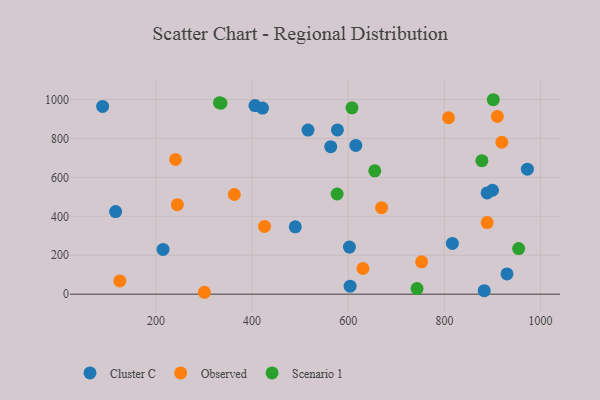
{"axis": {"x": "Study Hours", "y": "Fuel Efficiency"}, "legend": ["Cluster C", "Observed", "Scenario 1"], "data": [{"x": "116.2", "y": 424.2, "type": "Cluster C"}, {"x": "930.2", "y": 103.8, "type": "Cluster C"}, {"x": "816.6", "y": 260.8, "type": "Cluster C"}, {"x": "900.0", "y": 533.7, "type": "Cluster C"}, {"x": "516.4", "y": 842.8, "type": "Cluster C"}, {"x": "406.1", "y": 968.4, "type": "Cluster C"}, {"x": "603.9", "y": 41.1, "type": "Cluster C"}, {"x": "972.6", "y": 641.9, "type": "Cluster C"}, {"x": "615.8", "y": 764.1, "type": "Cluster C"}, {"x": "489.9", "y": 345.8, "type": "Cluster C"}, {"x": "602.5", "y": 241.9, "type": "Cluster C"}, {"x": "577.6", "y": 843.7, "type": "Cluster C"}, {"x": "563.6", "y": 757.7, "type": "Cluster C"}, {"x": "888.9", "y": 519.8, "type": "Cluster C"}, {"x": "421.7", "y": 955.6, "type": "Cluster C"}, {"x": "214.9", "y": 229.7, "type": "Cluster C"}, {"x": "89.2", "y": 964.4, "type": "Cluster C"}, {"x": "882.8", "y": 18.2, "type": "Cluster C"}, {"x": "426.0", "y": 348.1, "type": "Observed"}, {"x": "888.9", "y": 367.6, "type": "Observed"}, {"x": "669.4", "y": 444.4, "type": "Observed"}, {"x": "630.6", "y": 132.0, "type": "Observed"}, {"x": "244.6", "y": 459.9, "type": "Observed"}, {"x": "910.2", "y": 913.0, "type": "Observed"}, {"x": "300.9", "y": 9.8, "type": "Observed"}, {"x": "240.9", "y": 691.7, "type": "Observed"}, {"x": "363.1", "y": 511.9, "type": "Observed"}, {"x": "919.5", "y": 780.4, "type": "Observed"}, {"x": "808.6", "y": 906.0, "type": "Observed"}, {"x": "752.7", "y": 166.3, "type": "Observed"}, {"x": "125.0", "y": 67.9, "type": "Observed"}, {"x": "954.5", "y": 234.3, "type": "Scenario 1"}, {"x": "607.8", "y": 956.9, "type": "Scenario 1"}, {"x": "332.2", "y": 983.2, "type": "Scenario 1"}, {"x": "743.1", "y": 28.6, "type": "Scenario 1"}, {"x": "901.7", "y": 998.7, "type": "Scenario 1"}, {"x": "576.9", "y": 514.4, "type": "Scenario 1"}, {"x": "878.0", "y": 685.9, "type": "Scenario 1"}, {"x": "335.2", "y": 981.1, "type": "Scenario 1"}, {"x": "655.2", "y": 633.7, "type": "Scenario 1"}]}